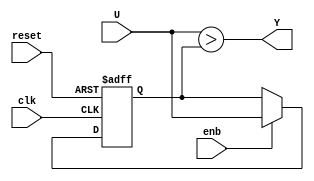
// -------------------------------------------------------------
// 
// 
// Generated by MATLAB 9.8 and HDL Coder 3.16
// 
// -------------------------------------------------------------


// -------------------------------------------------------------
// 
// Module: Detect_Increase_block2
// Source Path: NRPolarEncodeHDL/HDL Algorithm/NR Polar Encoder/encode/Stage 3/Detect Increase
// Hierarchy Level: 4
// 
// -------------------------------------------------------------

`timescale 1 ns / 1 ns

module Detect_Increase_block2
          (clk,
           reset,
           enb,
           U,
           Y);


  input   clk;
  input   reset;
  input   enb;
  input   U;
  output  Y;


  reg  U_k_1;
  wire FixPt_Relational_Operator_relop1;

  // Edge
  // 
  // U(k)


  // 
  // Store in Global RAM
  always @(posedge clk or posedge reset)
    begin : Delay_Input1_process
      if (reset == 1'b1) begin
        U_k_1 <= 1'b0;
      end
      else begin
        if (enb) begin
          U_k_1 <= U;
        end
      end
    end



  assign FixPt_Relational_Operator_relop1 = U > U_k_1;



  assign Y = FixPt_Relational_Operator_relop1;

endmodule  // Detect_Increase_block2